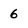
Character: 6